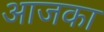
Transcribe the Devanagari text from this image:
आजका